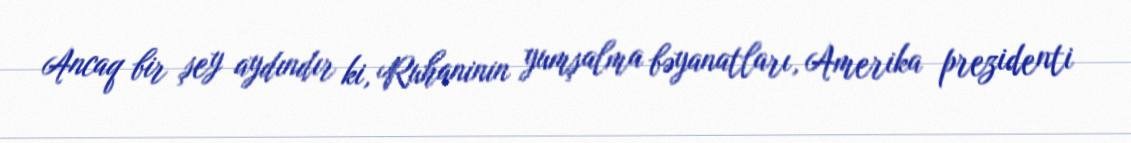
Ancaq bir şey aydındır ki, Ruhaninin yumşalma bəyanatları, Amerika prezidenti